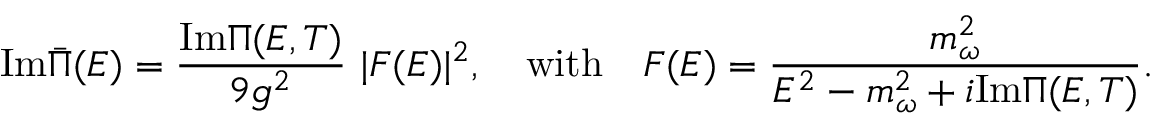
\mathrm { I m } \bar { \Pi } ( E ) = \frac { \mathrm { I m } \Pi ( E , T ) } { 9 g ^ { 2 } } \ | F ( E ) | ^ { 2 } , \quad \mathrm { w i t h } \quad F ( E ) = \frac { m _ { \omega } ^ { 2 } } { E ^ { 2 } - m _ { \omega } ^ { 2 } + i \mathrm { I m } \Pi ( E , T ) } .